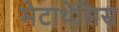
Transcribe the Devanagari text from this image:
मेटाथेसिस